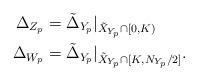
LaTeX: \begin{align*} \Delta_{Z_p} &= \tilde{\Delta}_{Y_p}|_{\tilde{X}_{Y_p} \cap [0,K)} \\ \Delta_{W_p} &= \tilde \Delta_{Y_p}|_{\tilde{X}_{Y_p}\cap [K,N_{Y_p}/2]}. \end{align*}